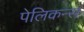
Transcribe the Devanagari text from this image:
पेलिकन्स